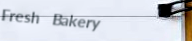
Fresh Bakery